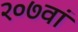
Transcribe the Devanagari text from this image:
२०७वां